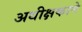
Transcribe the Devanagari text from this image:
अधीक्षकाने